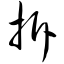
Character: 拆